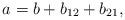
LaTeX: \begin{align*}a=b+b_{12}+b_{21},\end{align*}